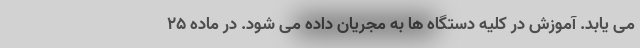
می یابد. آموزش در کلیه دستگاه ها به مجریان داده می شود. در ماده ۲۵